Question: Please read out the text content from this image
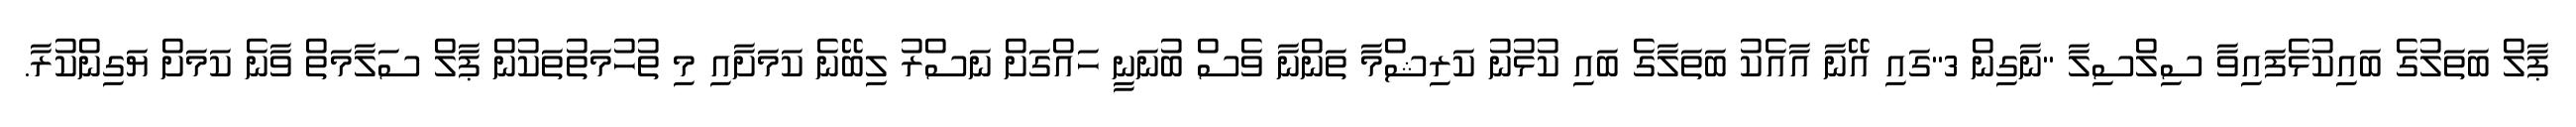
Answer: ޕާލް ބަތަލުގެ ބައިކުޅެފައިވާ ސިލްސިލާ "ނާގިން 3"ގައި އޭނާ އާއެކު ބަތަލާގެ ބައި ކުޅުނު ކަރިޝްމާ ތަންނާ ވެސް ބުނަނީ ހައްގަށް ނަސްރު ލިބޭނެ ކަމަށާއި މި ތުހުމަތުތަކުން ޕާލް ސަލާމަތް ވާނެ ކަމަށް ޔަގިންކުރާ.